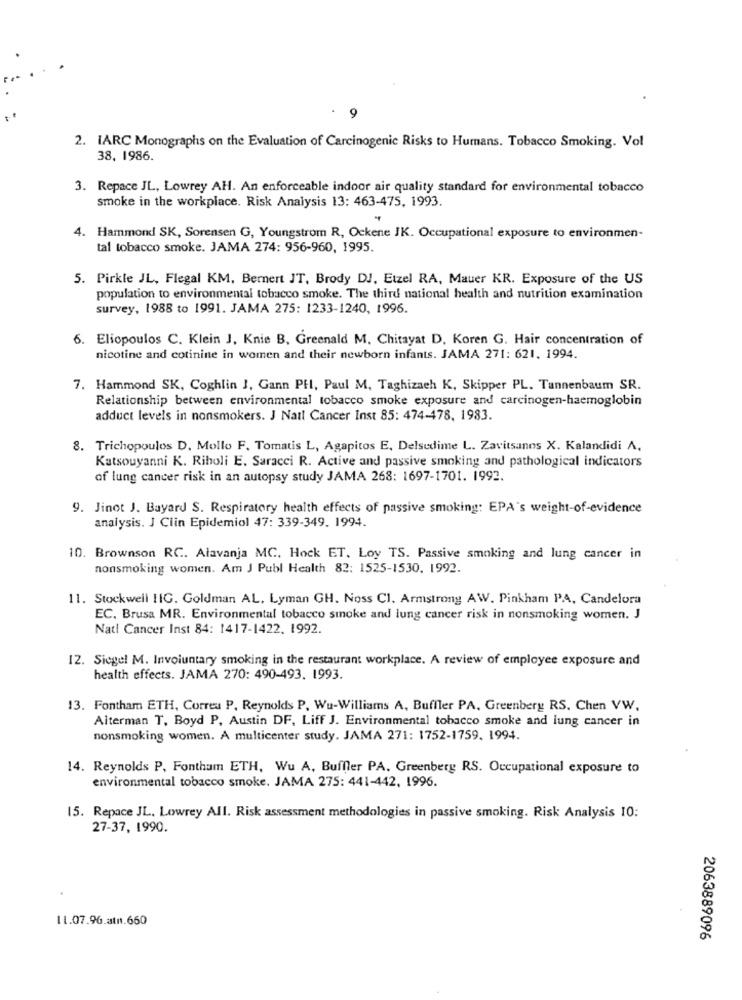
. 9
2. IARC Monographs on the Evaluation of Carcinogenic Risks to Humans. Tobacco Smoking. Vol
38, 1986.
3. Repace JL, Lowrey AH. An enforceable indoor air quality standard for environmental tobacco
smoke in the workplace. Risk Analysis 13: 463-475, 1993.
4. Hammond SK, Sorensen G, Youngstrom R, Ockene IK. Occupational exposure to environmen-
tal tobacco smoke. JAMA 274: 956-960, 1995.
5. Pirkle JL, Flegal KM, Bernert JT, Brody DJ, Etzel RA, Mauer KR. Exposure of the US
population to environmental tobacco smoke. The third national health and nutrition examination
survey, 1988 to 1991. JAMA 275: 1233-1240, 1996.
6. Eliopoulos C. Klein J, Knie B, Greenald M. Chitayat D. Koren G. Hair concentration of
nicotine and cotinine in women and their newborn infants. JAMA 271: 621, 1994.
7. Hammond SK, Coghlin J, Gann PHI, Paul M, Taghizach K, Skipper PL. Tannenbaum SR.
Relationship between environmental tobacco smoke exposure and carcinogen-haemoglobin
adduct levels in nonsmokers. J Natl Cancer Inst 85: 474-478, 1983.
8. Trichopoulos D. Mollo F. Tomatis L, Agapitos E, Delsedime L. Zavitsanos X. Kalandidi A.
Katsouyanni K. Riboli E. Saracci R. Active and passive smoking and pathological indicators
of lung cancer risk in an autopsy study JAMA 268: 1697-1701. 1993.
9. Jinot J. Bayard S. Respiratory health effects of passive smoking: EPA's weight-of-evidence
analysis. J Clin Epidemiol 47: 339-349. 1994.
10. Brownson RC. Alavanja MC, Hock ET, Loy TS. Passive smoking and lung cancer in
nonsmoking women. Am J Publ Health 82: 1525-1530. 1992.
11. Stockwell HIG. Goldman AL. Lyman GH. Noss Cl. Armstrong AW. Pinkham PA, Candelora
EC, Brusa MR. Environmental tobacco smoke and lung cancer risk in nonsmoking women. J
Nati Cancer Inst 84: 1417-1422. 1992.
12. Siegel M. Involuntary smoking in the restaurant workplace. A review of employee exposure and
health effects. JAMA 270: 490-493. 1993.
13. Fontham ETH, Correu P. Reynolds P, Wu-Williams A, Buffler PA, Greenberg RS. Chen VW,
Alterman T, Boyd P, Austin DF, Liff J. Environmental tobacco smoke and lung cancer in
nonsmoking women. A multicenter study. JAMA 271: 1752-1759. 1994.
14. Reynolds P, Fontham ETH, Wu A, Buffer PA. Greenberg RS. Occupational exposure to
environmental tobacco smoke. JAMA 275: 441-442, 1996.
15. Repace JL, Lowrey All. Risk assessment methodologies in passive smoking. Risk Analysis 10:
27-37, 1990.
11.07.96.atn.660
2063889096